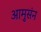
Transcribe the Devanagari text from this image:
आमुसंन